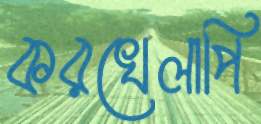
করখেলাপি